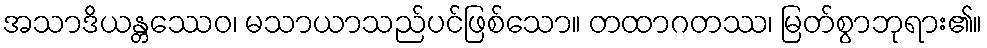
အသာဒိယန္တဿေဝ၊ မသာယာသည်ပင်ဖြစ်သော။ တထာဂတဿ၊ မြတ်စွာဘုရား၏။